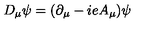
D _ { \mu } \psi = ( \partial _ { \mu } - i e A _ { \mu } ) \psi